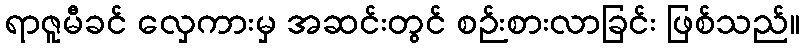
ရာဇူမီခင် လှေကားမှ အဆင်းတွင် စဉ်းစားလာခြင်း ဖြစ်သည်။